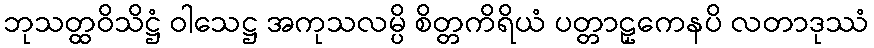
ဘုသတ္ထဝိသိဋ္ဌံ ဝါသေဋ္ဌ အကုသလမ္ပိ စိတ္တကိရိယံ ပတ္တာဠှကေနပိ လတာဒုဿံ